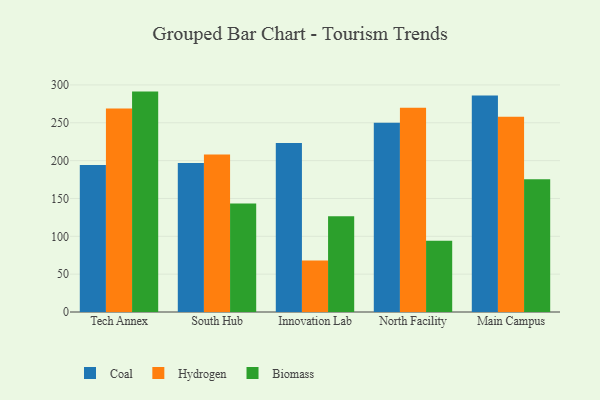
{"axis": {"x": "Campus", "y": "Temperature (°C)"}, "legend": ["Biomass", "Coal", "Hydrogen"], "data": [{"x": "Tech Annex", "y": 194.2, "type": "Coal"}, {"x": "Tech Annex", "y": 269.0, "type": "Hydrogen"}, {"x": "Tech Annex", "y": 291.2, "type": "Biomass"}, {"x": "South Hub", "y": 197.0, "type": "Coal"}, {"x": "South Hub", "y": 208.2, "type": "Hydrogen"}, {"x": "South Hub", "y": 143.5, "type": "Biomass"}, {"x": "Innovation Lab", "y": 223.4, "type": "Coal"}, {"x": "Innovation Lab", "y": 68.0, "type": "Hydrogen"}, {"x": "Innovation Lab", "y": 126.4, "type": "Biomass"}, {"x": "North Facility", "y": 249.9, "type": "Coal"}, {"x": "North Facility", "y": 269.8, "type": "Hydrogen"}, {"x": "North Facility", "y": 94.3, "type": "Biomass"}, {"x": "Main Campus", "y": 285.9, "type": "Coal"}, {"x": "Main Campus", "y": 258.1, "type": "Hydrogen"}, {"x": "Main Campus", "y": 175.4, "type": "Biomass"}]}